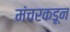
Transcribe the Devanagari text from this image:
मंचरकडून